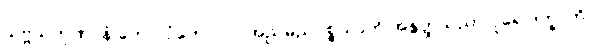
သဗ္ဗသကုဏာနံ ကောလံကောလာ အညမညပစ္စယာတိ အနွတ္ထသညာ ပူရေ ဒုက္ခာတိ